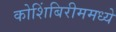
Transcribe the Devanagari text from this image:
कोशिंबिरीममध्ये